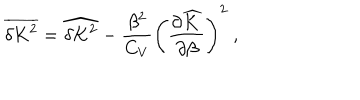
\overline { { { \delta K ^ { 2 } } } } = \widehat { \delta K ^ { 2 } } - \frac { \beta ^ { 2 } } { C _ { V } } \left( \frac { \partial \widehat { K } } { \partial \beta } \right) ^ { 2 } ~ ,